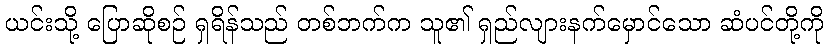
ယင်းသို့ ပြောဆိုစဉ် ရှရိန်သည် တစ်ဘက်က သူ၏ ရှည်လျားနက်မှောင်သော ဆံပင်တို့ကို